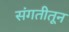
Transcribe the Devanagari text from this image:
संगतीतून